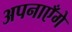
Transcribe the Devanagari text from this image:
अपनाएँगे